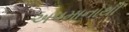
અપમાનોથી